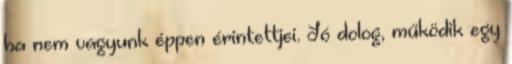
ha nem vagyunk éppen érintettjei. Jó dolog, működik egy